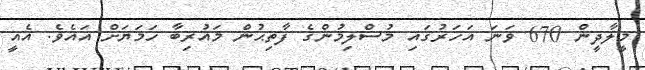
މީލާދީން 670 ވަނަ އަހަރުގައި މުސްލިމުންގެ ފާތިޙުން މަޣުރިބާ ހަމަޔަށް އައެވެ. އެއީ